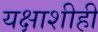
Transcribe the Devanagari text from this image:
यक्षाशीही